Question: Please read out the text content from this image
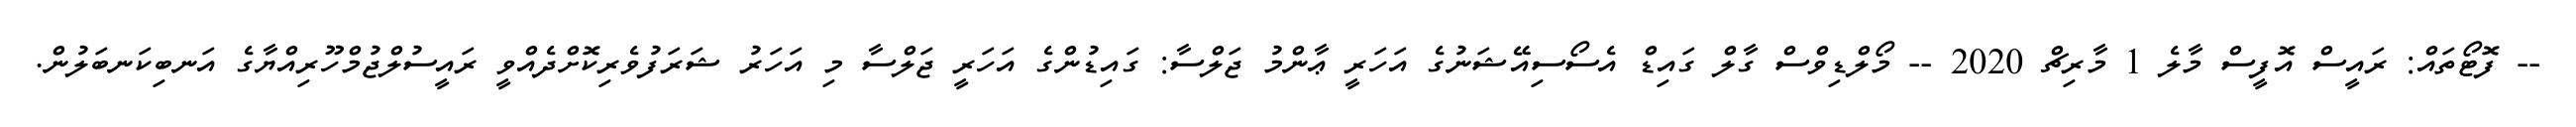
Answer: -- ފޮޓޯތައް: ރައީސް އޮފީސް މާލެ 1 މާރިޗް 2020 -- މޯލްޑިވްސް ގާލް ގައިޑް އެސޯސިއޭޝަނުގެ އަހަރީ ޢާންމު ޖަލްސާ: ގައިޑުންގެ އަހަރީ ޖަލްސާ މި އަހަރު ޝަރަފުވެރިކޮށްދެއްވީ ރައީސުލްޖުމްހޫރިއްޔާގެ އަނބިކަނބަލުން.